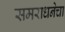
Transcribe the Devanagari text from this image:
समराधनेचा